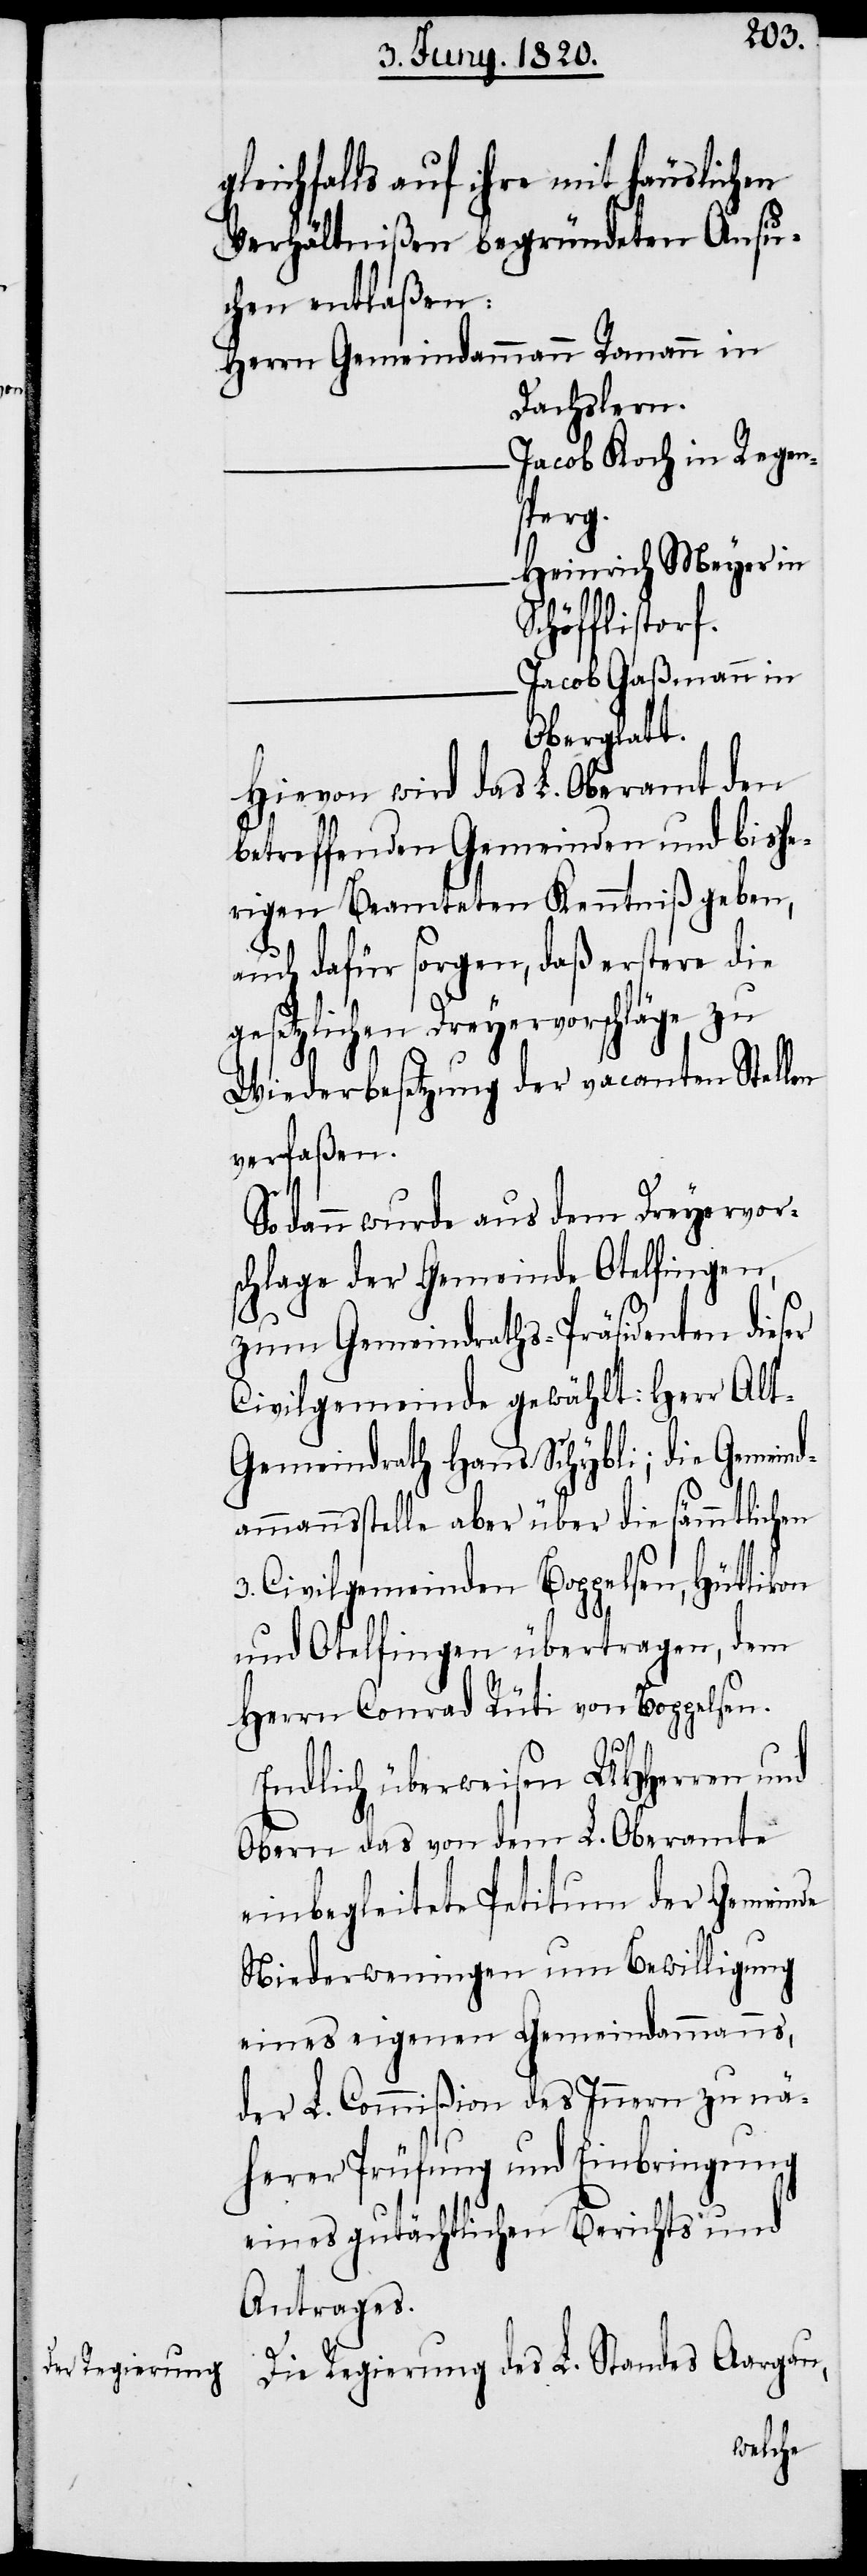
gleichfalls auf ihre mit häuslichen
Verhätnißen begründeten Ansu¬
chen entlaßen:
Herrn Gemeindammann 	Romann in
Dachslern.
Jacob Koch in Regen¬
sperg.
Heinrich Meyer in
Schöfflistorf.
Jacob Gaßmann in
Oberglatt.
Hievon wird das L. Oberamt den
betreffenden Gemeinden und bishe¬
rigen Beamteten Kenntniß geben,
auch dafür sorgen, daß erstere die
gesetzlichen Dreyervorschläge zu
Wiederbesetzung der vacanten Stellen
verfaßen.
So dann wurde aus dem Dreyervor¬
schlag der Gemeinde Otelfingen,
zum Gemeindsraths-Präsidenten dieser
Civilgemeinde gewählt: Herr Alt-G¬
emeindrath Hans Schybli; die Gemeind¬
ammannstelle aber über die sämmtlichen
3. Civilgemeinden Boppelsen, Hüttikon
und Otelfingen übertragen, dem
Herrn Conrad Rüti von Boppelsen.
Endlich überweisen UHHerren und
Obern das von dem L. Oberamte
einbegleitete Petitium der Gemeinde
Niederweningen und Bewilligung
eines eigenen Gemeindammanns,
L. Commißion des Innern zu nä¬
herer Prüfung und Einbringung
eines gutächtlichen Berichts und
Antrages.
Die Regierung des L. Standes Aargau,